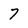
Character: 7